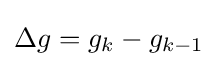
\Delta g=g_{k}-g_{k-1}